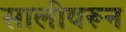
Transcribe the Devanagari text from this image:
सालीवरून